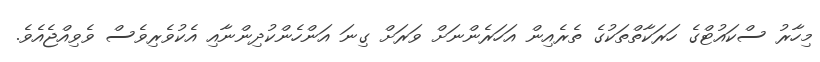
މިހާރު ސްކައުޓްގެ ހަރަކާތްތަކުގެ ތެރެއިން އަހަރެންނަށް ވަރަށް ގިނަ އަންހެންކުދިންނާއި އެކުވެރިވެސް ވެވިއްޖެއެވެ.